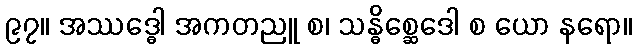
၉၇။ အဿဒ္ဓေါ အကတညူ စ၊ သန္ဓိစ္ဆေဒေါ စ ယော နရော။